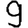
Digit: 9